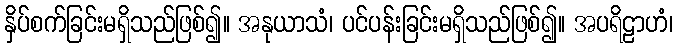
နှိပ်စက်ခြင်းမရှိသည်ဖြစ်၍။ အနုယာသံ၊ ပင်ပန်းခြင်းမရှိသည်ဖြစ်၍။ အပရိဠာဟံ၊